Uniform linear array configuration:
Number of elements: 8
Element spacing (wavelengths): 0.25
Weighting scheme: exponential
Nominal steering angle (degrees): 45
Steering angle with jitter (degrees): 46.228
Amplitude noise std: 0.05
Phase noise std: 0.05

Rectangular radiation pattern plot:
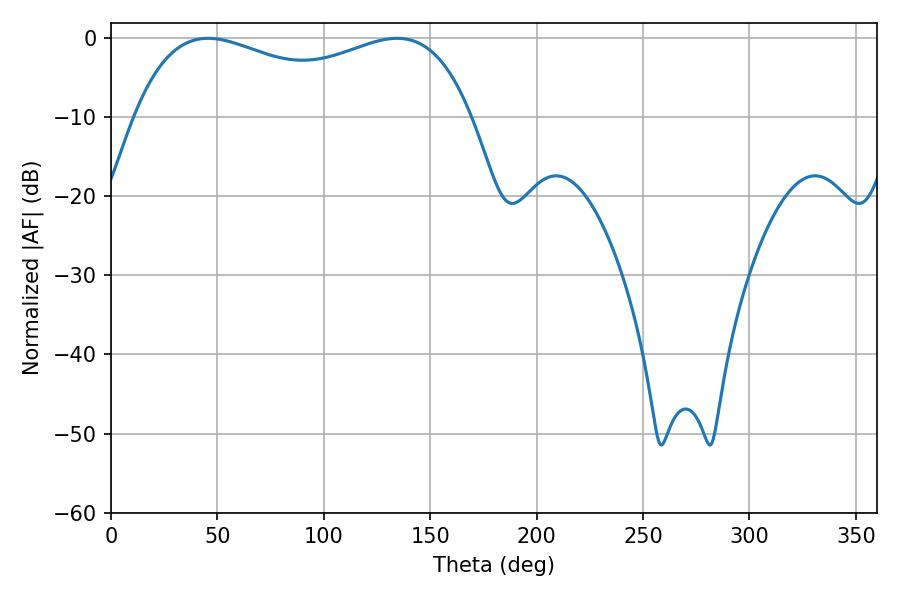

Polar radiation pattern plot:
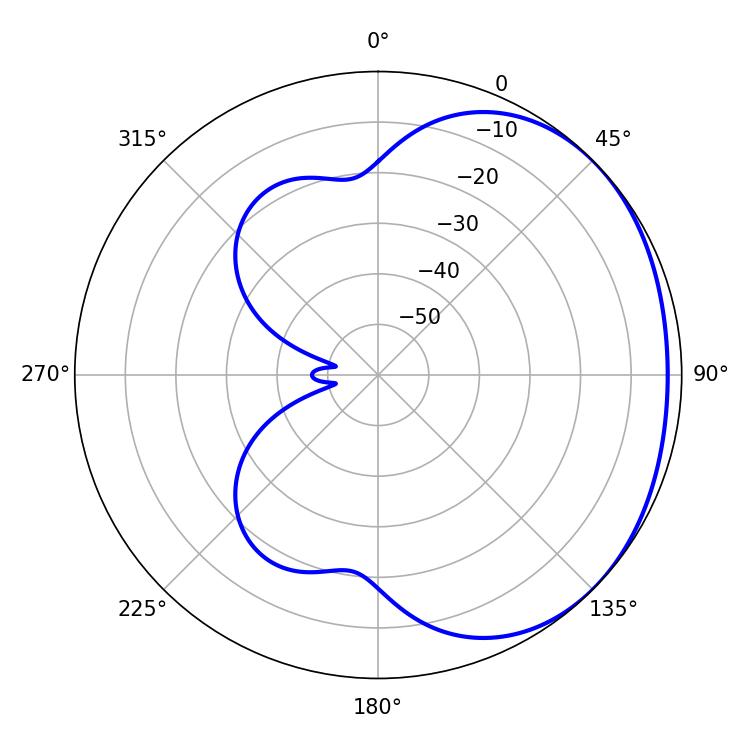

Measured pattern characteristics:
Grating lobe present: FALSE
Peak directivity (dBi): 1.556
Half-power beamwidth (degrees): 130.68
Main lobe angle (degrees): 45.54